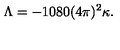
\Lambda = - 1 0 8 0 ( 4 \pi ) ^ { 2 } \kappa .